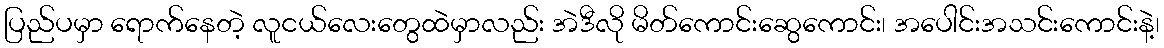
ပြည်ပမှာ ရောက်နေတဲ့ လူငယ်လေးတွေထဲမှာလည်း အဲဒီလို မိတ်ကောင်းဆွေကောင်း၊ အပေါင်းအသင်းကောင်းနဲ့၊